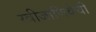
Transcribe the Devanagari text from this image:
स्त्रीजाणिवेची